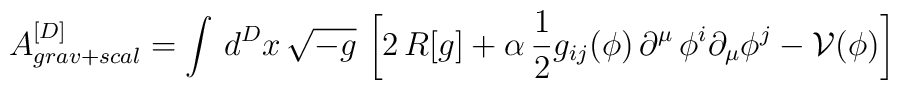
A_{grav+scal}^{[D]}=\int \, d^Dx \, \sqrt{-g} \,\left[ 2 \, R[g]  +\alpha \, \frac{1}{2} g_{ij} (\phi) \, \partial^\mu \, \phi^i \partial_\mu \phi^j -  \mathcal{V}(\phi)\right]